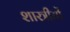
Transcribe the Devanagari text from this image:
शास्त्रीयों